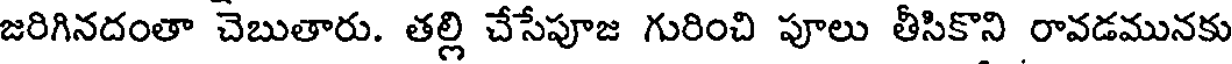
జరిగినదంతా చెబుతారు. తల్లి చేసేపూజ గురించి పూలు తీసికొని రావడమునకు